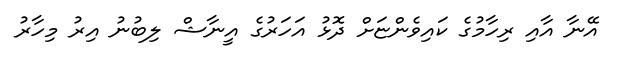
އޭނާ އާއި ރިހާމުގެ ކައިވެންޏަށް ދޮޅު އަހަރުގެ އީނާޝް ލިބުނު އިރު މިހާރު